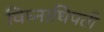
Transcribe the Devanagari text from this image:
विघ्नाधिपती